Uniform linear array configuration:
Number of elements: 48
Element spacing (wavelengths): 1
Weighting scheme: uniform
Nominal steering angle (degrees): -15
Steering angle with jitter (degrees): -13.937
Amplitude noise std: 0.05
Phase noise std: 0.05

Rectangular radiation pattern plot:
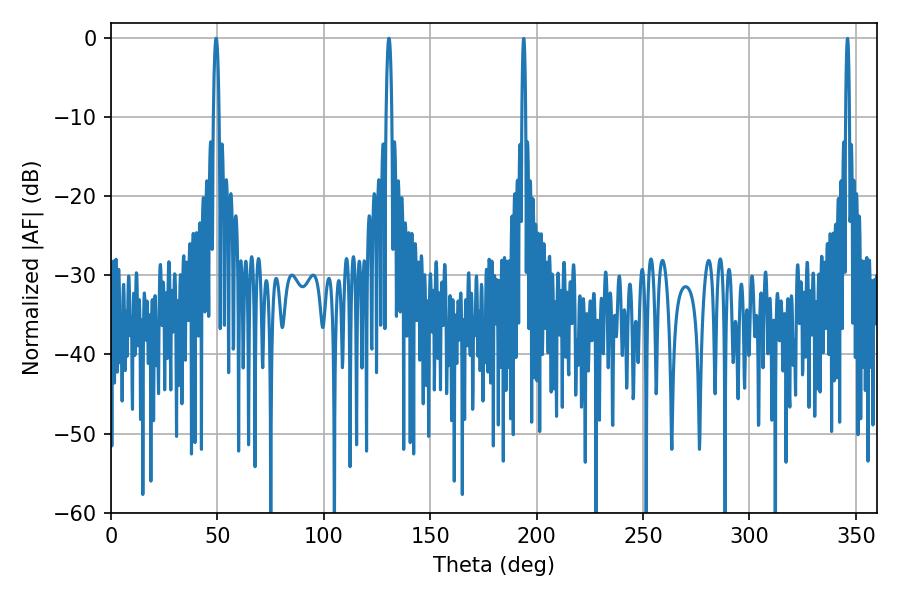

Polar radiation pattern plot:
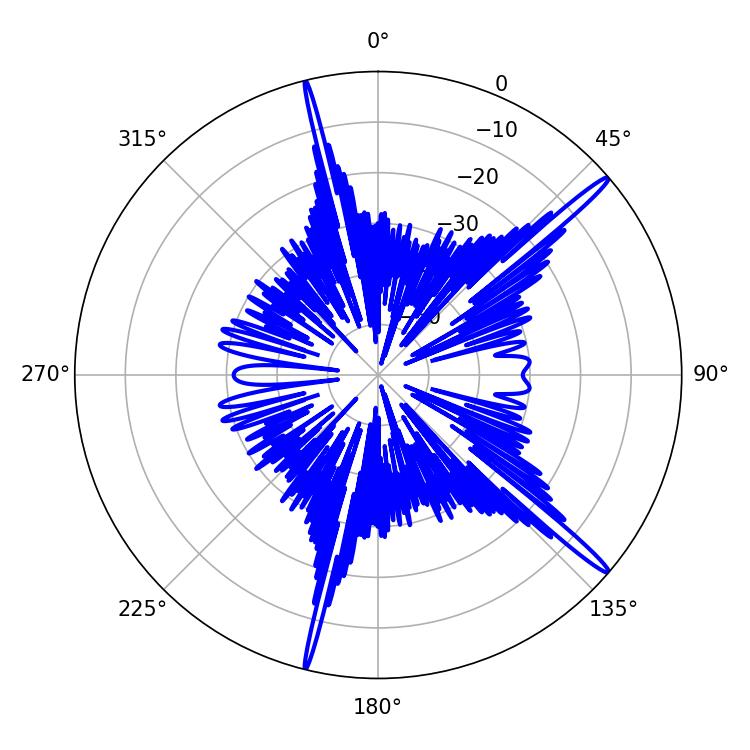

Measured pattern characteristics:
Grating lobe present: TRUE
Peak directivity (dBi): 17.208
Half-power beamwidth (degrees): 1.62
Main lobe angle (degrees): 49.32